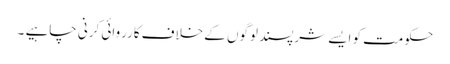
حکومت کو ایسے شرپسند لوگوں کے خلاف کارروائی کرنی چاہیے ۔